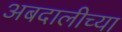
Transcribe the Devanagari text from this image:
अबदालीच्या